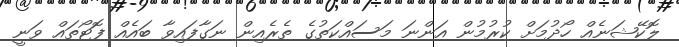
ލޮކޭޝަނެއް ހޯދުމަށް ކުރުމުން އަންނަ މަސައްކަތުގެ ތެރެއިން ނަގާފައިވާ ބައެއް ފޮޓޯތައް ވަނީ